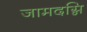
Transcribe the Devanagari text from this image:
जामदग्नि